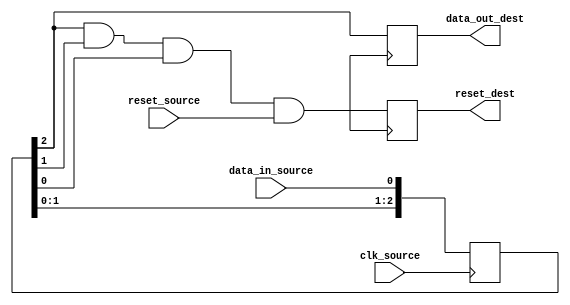
module timing_control_and_synchronization (
    input wire clk_source,
    input wire reset_source,
    input wire data_in_source,
    output reg data_out_dest,
    output reg reset_dest
);

reg [2:0] sync_reg;

always @(posedge clk_source) begin
    sync_reg <= {sync_reg[1:0], data_in_source};
end

always @(posedge clk_dest) begin
    data_out_dest <= sync_reg[2];
    reset_dest <= sync_reg[2] & sync_reg[1] & sync_reg[0] & reset_source;
end

endmodule